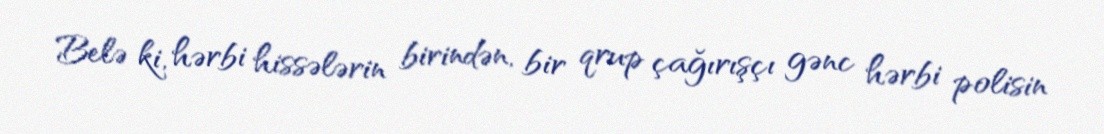
Belə ki, hərbi hissələrin birindən, bir qrup çağırışçı gənc hərbi polisin